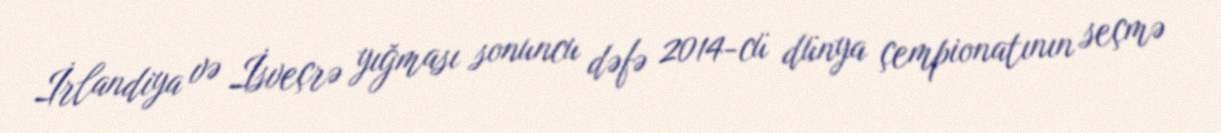
İrlandiya və İsveçrə yığması sonuncu dəfə 2014-cü dünya çempionatının seçmə